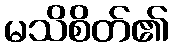
မသိစိတ်၏